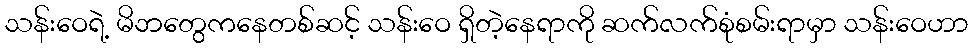
သန်းဝေရဲ့ မိဘတွေကနေတစ်ဆင့် သန်းဝေ ရှိတဲ့နေရာကို ဆက်လက်စုံစမ်းရာမှာ သန်းဝေဟာ